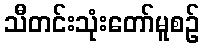
သီတင်းသုံးတော်မူစဉ်